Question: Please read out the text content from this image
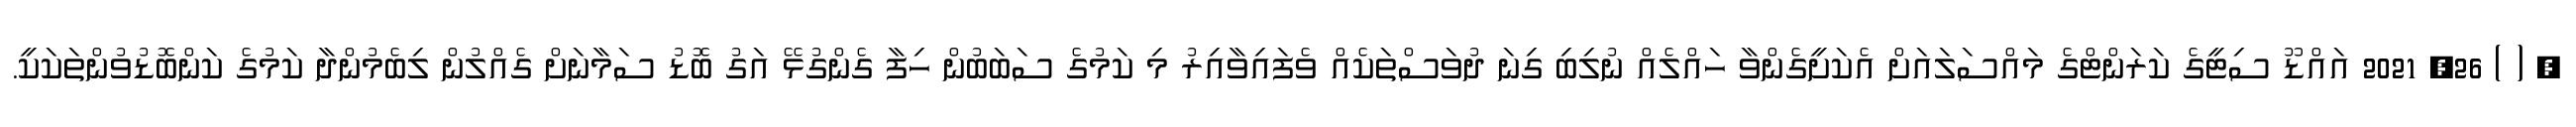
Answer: , ( ) 26, 2021 އައްޑޫ ސިޓީގެ ކަރަންޓްގެ މައްސަލައަށް އެކަށީގެންވާ ހައްލެއް ނުލިބި ގިނަ ދުވަސްތަކެއް ވެފައިވާއިރު މި ކަމުގެ ސަބަބުން ހިފާ ގެންގުޅޭ އަގު ބޮޑު ސަމާނަށް ގެއްލުން ލިބެމުންދާ ކަމުގެ ކަންބޮޑުވުންތަކަކީ.